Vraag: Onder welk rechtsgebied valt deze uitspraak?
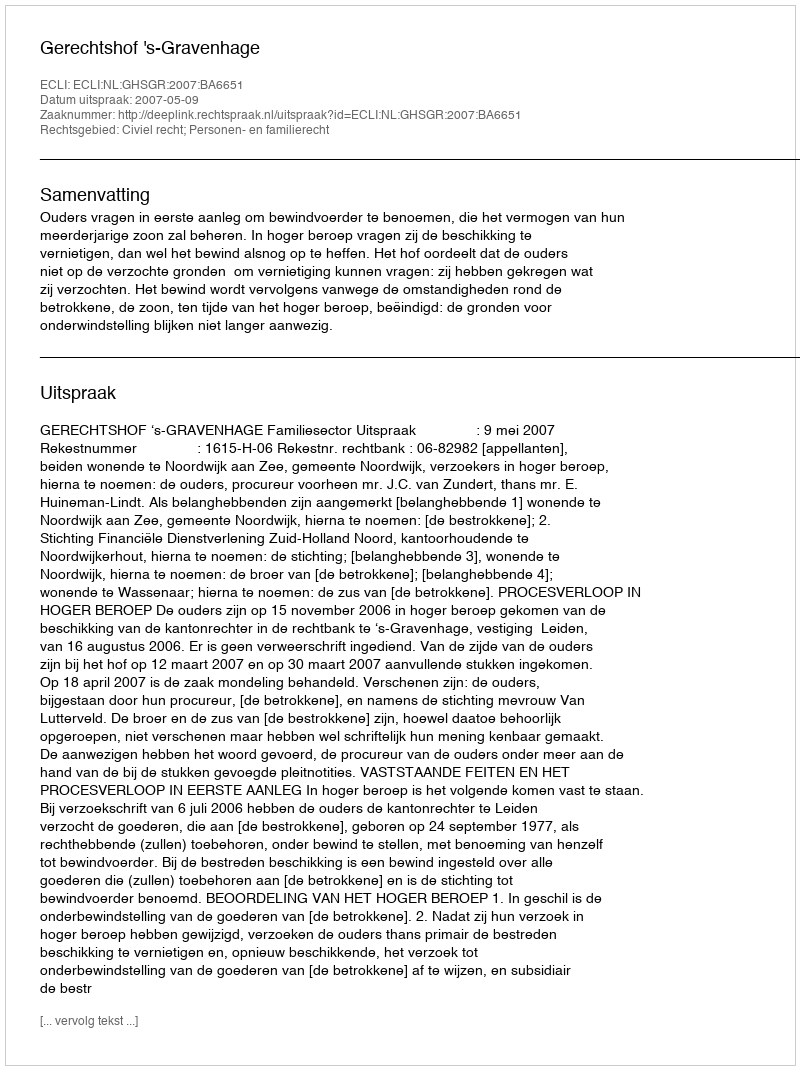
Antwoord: Civiel recht; Personen- en familierecht